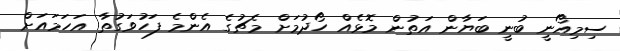
ސިމިއޯނީ ބުނީ ބަޔާން އަތުން މޮޅެއް ހޯދުމަށް މެޗުގެ އެންމެ ފަހުވަގުތާ އަހަމައަށް